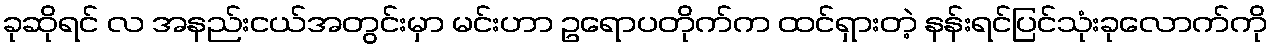
ခုဆိုရင် လ အနည်းငယ်အတွင်းမှာ မင်းဟာ ဥရောပတိုက်က ထင်ရှားတဲ့ နန်းရင်ပြင်သုံးခုလောက်ကို